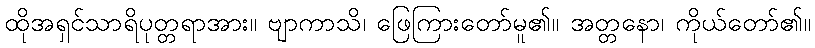
ထိုအရှင်သာရိပုတ္တရာအား။ ဗျာကာသိ၊ ဖြေကြားတော်မူ၏။ အတ္တနော၊ ကိုယ်တော်၏။